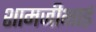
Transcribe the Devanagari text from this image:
शामजीभाई